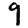
Digit: 9